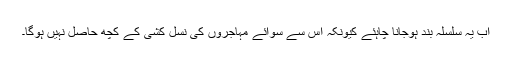
اب یہ سلسلہ بند ہوجانا چاہئے کیونکہ اس سے سوائے مہاجروں کی نسل کشی کے کچھ حاصل نہیں ہوگا۔